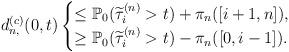
LaTeX: \begin{align*} d_{n,}^{(c)}(0,t)\begin{cases}\le\mathbb{P}_0(\widetilde{\tau}^{(n)}_i>t)+\pi_n([i+1,n]),\\ \ge\mathbb{P}_0(\widetilde{\tau}^{(n)}_i>t)-\pi_n([0,i-1]).\end{cases}\end{align*}